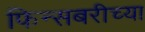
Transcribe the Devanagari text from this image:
फिन्सबरीच्या